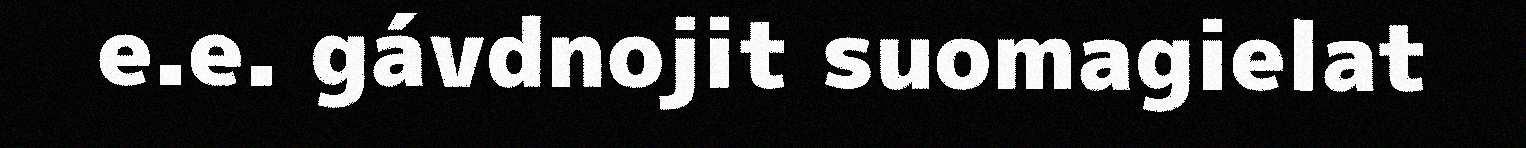
e.e. gávdnojit suomagielat